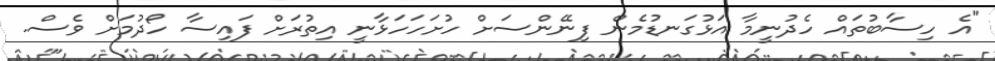
"އެ ހިސާބުތައް ހެދުނީމާ އަޅުގަނޑުމެން ފިނޭންސަށް ހުށަހަހަޅާނީ އިތުރަށް ފައިސާ ހޯދުމަށް ވެސް.